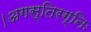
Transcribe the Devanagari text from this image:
।अगस्तिरग्निः